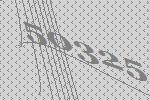
50325